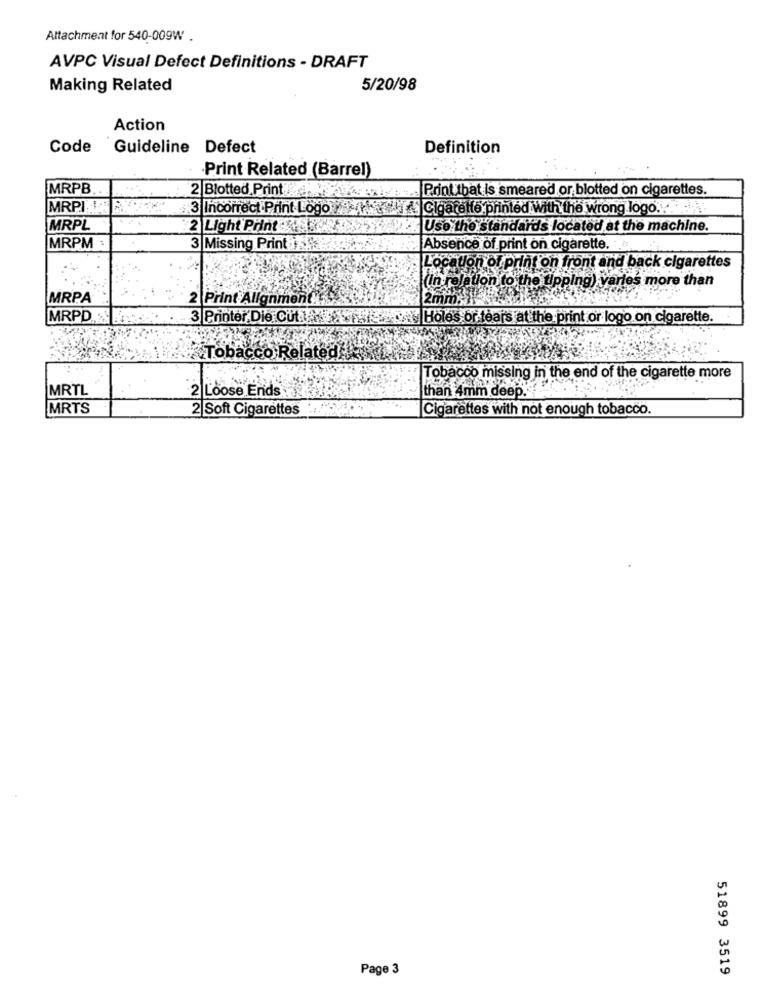
Attachment for 540-009W .
AVPC Visual Defect Definitions - DRAFT
Making Related
5/20/98
Action
Code
Guideline Defect
Definition
·Print Related (Barrel)
MRPB
Print that is smeared or blotted on cigarettes.
2 Blotted Print
MRPILA RX
3 Incorrect Print Logo . Cigarette printed With the wrong logo ......
MRPL
2 Light Print
Use the standards located at the machine.
MRPM
3 Missing Print i .
Absence of print on cigarette.
Loc
Jon of print on front and back cigarettes
'tion to the tipping) varies more than
MRPA
2 Print Alignment
MRPD
3 Printer Die Cut
BA Holes or tears at the print or logo on cigarette.
Tobacco Related/
Tobacco missing in the end of the cigarette more
MRTL
than 4mm deep ...
2 Loose Ends
MRTS
2 Soft Cigarettes
Cigarettes with not enough tobacco.
Page 3
51899 3519